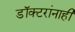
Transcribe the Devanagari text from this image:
डॉक्टरांनाही